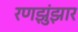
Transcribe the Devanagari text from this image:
रणझुंझार